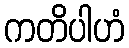
ကတိပါဟံ